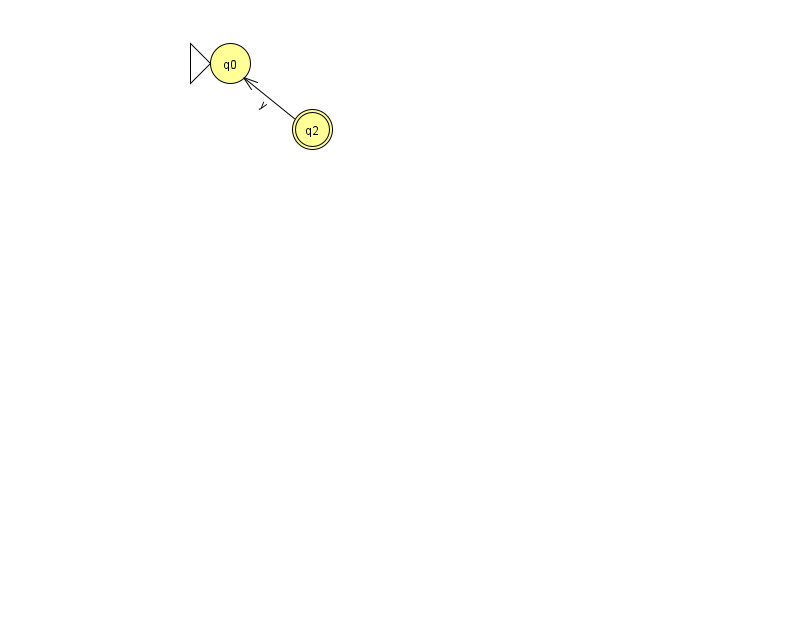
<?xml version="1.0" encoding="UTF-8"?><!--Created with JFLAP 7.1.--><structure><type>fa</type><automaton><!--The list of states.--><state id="0" name="q0"><x>230.0</x><y>50.0</y><initial/></state><state id="2" name="q2"><x>312.0</x><y>116.0</y><final/></state><!--The list of transitions.--><transition><from>2</from><to>0</to><read>y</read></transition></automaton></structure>